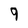
Character: 9